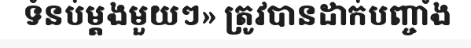
ទំនប់ម្តងមួយៗ» ត្រូវបានដាក់បញ្ចាំង